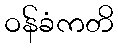
ဝန်ခံကတိ